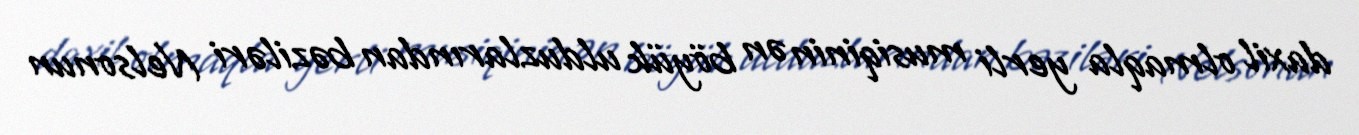
daxil olmaqla yerli musiqinin ən böyük ulduzlarından bəziləri Nelsonun